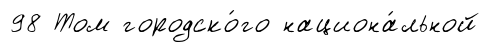
98 Том городско́го национа́льной